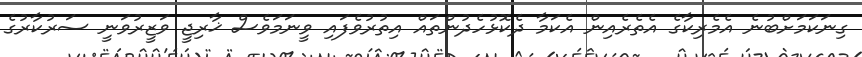
ގިނަކަމަށްބުނެ އެމެރިކާގެ އެތެރެއިން އެކަމާ ދެކޮޅުހެދުންތައް އިތުރުވެފައި ވީނަމަވެސް ޚާރިޖީ ވަޒީރުވަނީ ސަރުކާރުގެ